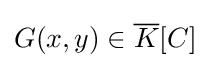
G(x,y)\in {\overline {K}}[C]